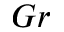
G r